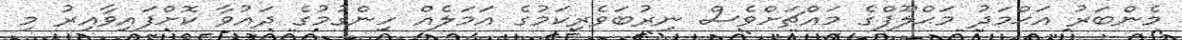
މެންބަރު އަޙްމަދު މަޙްލޫފްގެ މައްޗަށްވެސް ނިރުބަވެރިކަމުގެ އަމަލެއް ހިންގުމުގެ ދައުވާ ކޮށްފައިވާއިރު މި